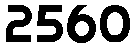
2560